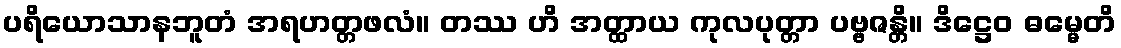
ပရိယောသာနဘူတံ အရဟတ္တဖလံ။ တဿ ဟိ အတ္ထာယ ကုလပုတ္တာ ပဗ္ဗဇန္တိ။ ဒိဋ္ဌေဝ ဓမ္မေတိ